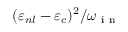
{ ( { \varepsilon } _ { n l } - { \varepsilon } _ { c } ) ^ { 2 } } / { { \omega } _ { \mathrm { ~ i ~ n ~ } } }